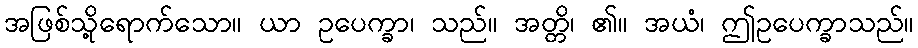
အဖြစ်သို့ရောက်သော။ ယာ ဥပေက္ခာ၊ သည်။ အတ္တိ၊ ၏။ အယံ၊ ဤဥပေက္ခာသည်။